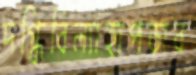
দগ্ধিবিল্যাহাপড়ার